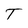
Character: T